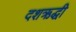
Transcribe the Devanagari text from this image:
दशऋद्धी